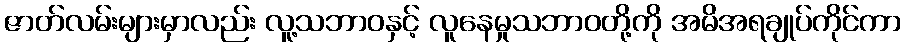
ဇာတ်လမ်းများမှာလည်း လူ့သဘာဝနှင့် လူနေမှုသဘာဝတို့ကို အမိအရချုပ်ကိုင်ကာ